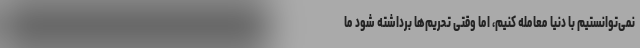
نمی‌توانستیم با دنیا معامله کنیم، اما وقتی تحریم‌ها برداشته شود ما